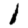
Digit: 1